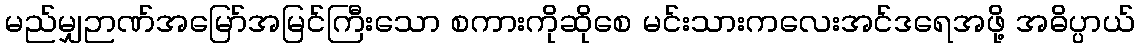
မည်မျှဉာဏ်အမြော်အမြင်ကြီးသော စကားကိုဆိုစေ မင်းသားကလေးအင်ဒရေအဖို့ အဓိပ္ပာယ်